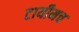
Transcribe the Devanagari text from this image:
टायीमच